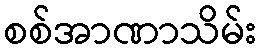
စစ်အာဏာသိမ်း